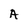
Character: A